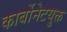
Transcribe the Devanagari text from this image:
कार्बोनेटयुक्त